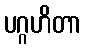
ပဂ္ဂဟိတာ